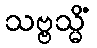
သဗ္ဗသ္မိံ